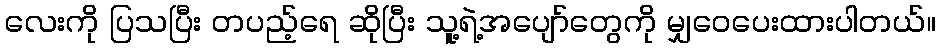
လေးကို ပြသပြီး တပည့်ရေ ဆိုပြီး သူ့ရဲ့အပျော်တွေကို မျှဝေပေးထားပါတယ်။